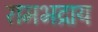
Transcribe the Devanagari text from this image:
रामभद्राय